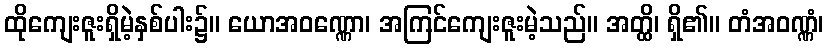
ထိုကျေးဇူးရှိမဲ့နှစ်ပါး၌။ ယောအဝဏ္ဏော၊ အကြင်ကျေးဇူးမဲ့သည်။ အတ္ထိ၊ ရှိ၏။ တံအဝဏ္ဏံ၊